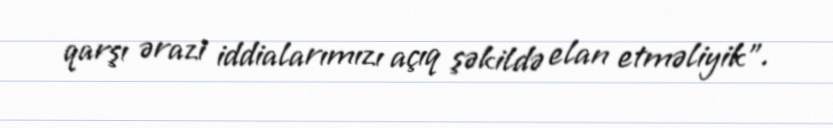
qarşı ərazi iddialarımızı açıq şəkildə elan etməliyik”.